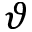
\vartheta